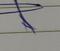
Signature authenticity: forged